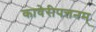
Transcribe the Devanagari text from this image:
कावेरीपत्तनम्